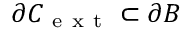
\partial { C } _ { \mathrm { ~ e ~ x ~ t ~ } } \subset { \partial { \cal B } }